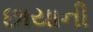
છાયાની